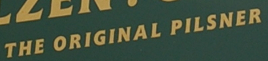
THE ORIGINAL PILSNER